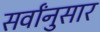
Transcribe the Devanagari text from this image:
सर्वांनुसार